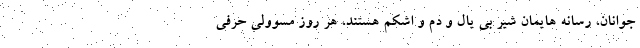
جوانان، رسانه هایمان شیر بی یال و دم و اشکم هستند، هر روز مسوولی حرفی